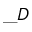
\_ D